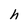
Character: h